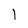
Character: l